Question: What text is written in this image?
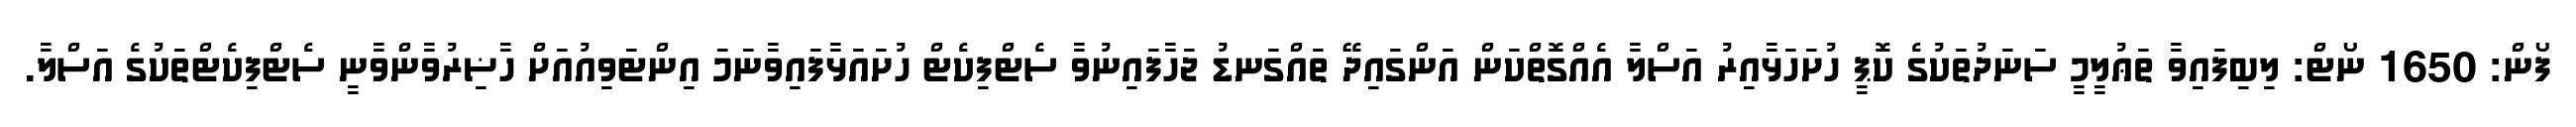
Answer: ފޯން: 1650 ނޯޓް: ލިބިފައިވާ ތަޢުލީމީ ސަނަދުތަކުގެ ކޮޕީ ހުށަހަޅާއިރު އަސްލާ އެއްގޮތްކަން އަންގައިދޭ ތައްގަނޑު ޖަހާފައިނުވާ ސެޓްފިކެޓް ހުށައަޅާފައިވާނަމަ އިންޓަވިއުއަށް ހާޟިރުވާންވާނީ ސެޓްފިކެޓްތަކުގެ އަސްލާ.